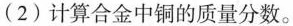
(2)计算合金中铜的质量分数。